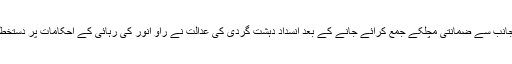
ملزم کی جانب سے ضمانتی مچلکے جمع کرائے جانے کے بعد انسداد دہشت گردی کی عدالت نے راؤ انور کی رہائی کے احکامات پر دستخط کردیئے۔